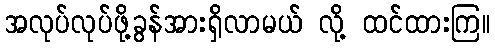
အလုပ်လုပ်ဖို့ခွန်အားရှိလာမယ် လို့ ထင်ထားကြ။